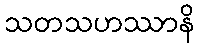
သတသဟဿာနိ